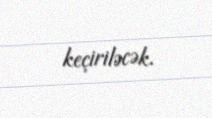
keçiriləcək.